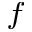
^ f